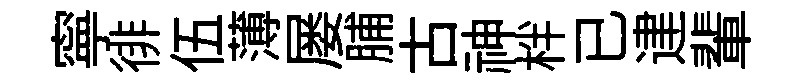
寧徘伍薄屡脯古神柈已䢖輩